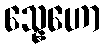
သ္နေဟော